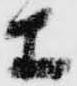
等